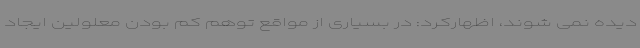
دیده نمی شوند، اظهارکرد: در بسیاری از مواقع توهم کم بودن معلولین ایجاد